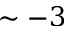
\sim - 3